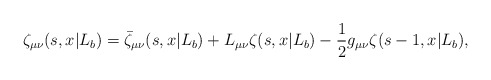
\begin{align*}\zeta_ {\mu\nu}(s,x|L_b)=\bar\zeta_{\mu\nu}(s,x|L_b)+L_{\mu\nu}\zeta(s,x|L_b)-{1\over 2}g_{\mu\nu}\zeta(s-1,x|L_b),\end{align*}